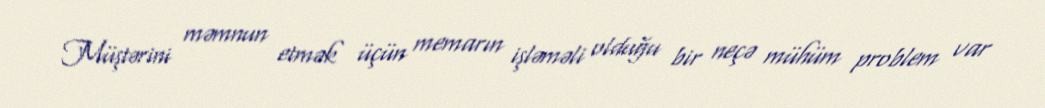
Müştərini məmnun etmək üçün memarın işləməli olduğu bir neçə mühüm problem var